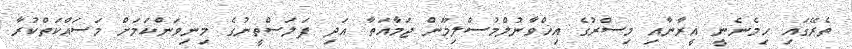
ތެރޭގައި ހިމެނެނީ އީރާނާއި މިސްރުގެ އިޚްވާނުލްމުސްލިމޫން ޖަމާއަތާ އަދި ފަލަސްތީނުގެ މިނިވަންކަމަށް މަސައްކަތްކުރާ